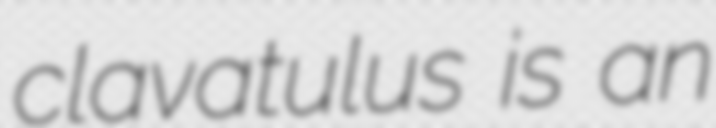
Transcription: clavatulus is an